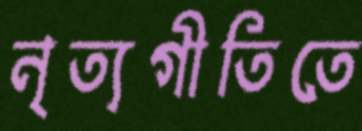
নৃত্যগীতিতে